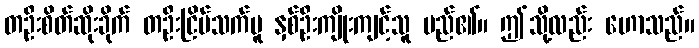
တဦးစိတ်ဆိုးခိုက် တဦးငြိမ်သက်မူ နှစ်ဦးကျိုးကျင့်သူ မည်၏။ ဤသို့လည်း ဟောသည်။